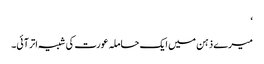
‘
میرے ذہن میں ایک حاملہ عورت کی شبیہ اتر آئی۔